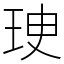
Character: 㻀